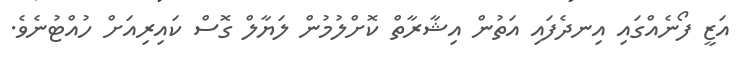
އަޒީ ފޯނެއްގައި އިނދެފައި އަތުން އިޝާރާތް ކޮށްލުމުން ލަޔާލް ގޮސް ކައިރިއަށް ހުއްޓުނެވެ.